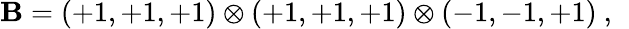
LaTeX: \mathbf{B}=(+1,+1,+1)\otimes(+1,+1,+1)\otimes(-1,-1,+1)~,~\,